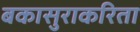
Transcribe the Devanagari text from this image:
बकासुराकरिता